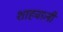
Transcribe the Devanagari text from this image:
शाहवाली